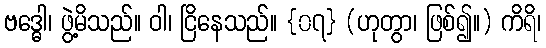
ဗဒ္ဓေါ၊ ဖွဲ့မိသည်။ ဝါ၊ ငြိနေသည်။ {၀၇} (ဟုတွာ၊ ဖြစ်၍။) ကိရိ၊